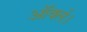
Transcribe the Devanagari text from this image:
ऑर्क्ल।